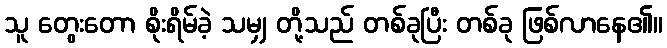
သူ တွေးတော စိုးရိမ်ခဲ့ သမျှ တို့သည် တစ်ခုပြီး တစ်ခု ဖြစ်လာနေ၏။